Civil Veterinary Department Bengal reports 1933-51 - 1933-1951
Year: 1933
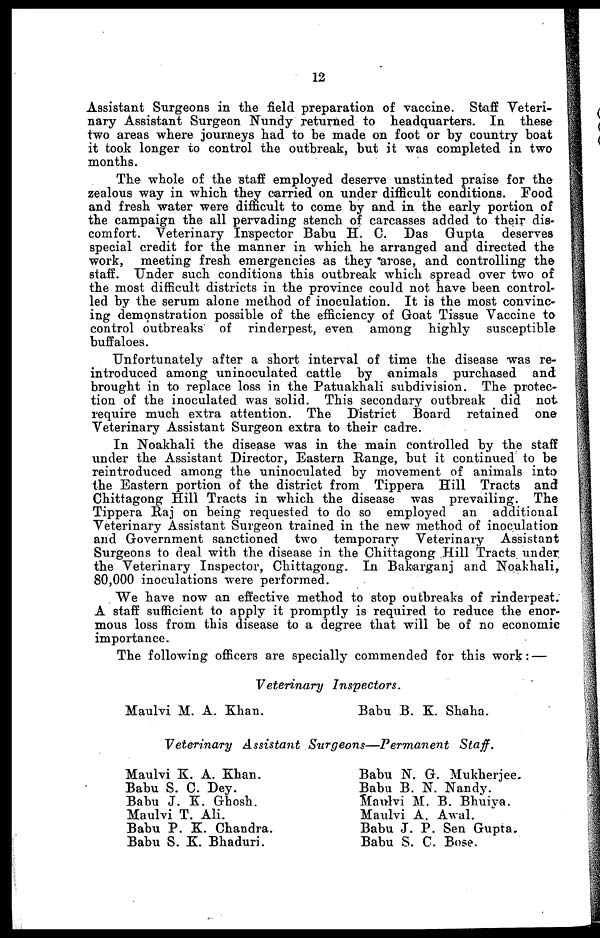
12
Assistant Surgeons in the field preparation of vaccine. Staff Veteri-
nary Assistant Surgeon Nundy returned to headquarters. In these
two areas where journeys had to be made on foot or by country boat
it took longer to control the outbreak, but it was completed in two
months.
The whole of the staff employed deserve unstinted praise for the
zealous way in which they carried on under difficult conditions. Food
and fresh water were difficult to come by and in the early portion of
the campaign the all pervading stench of carcasses added to their dis-
comfort. Veterinary Inspector Babu H. C. Das Gupta
deserves
special credit for the manner in which he arranged and directed the
work, meeting fresh emergencies as they arose, and controlling the
staff. Under such conditions this outbreak which spread over two of
the most difficult districts in the province could not have been control-
led by the serum alone method of inoculation. It is the most convinc-
ing demonstration possible of the efficiency of Goat Tissue Vaccine to
control outbreaks of rinderpest, even among highly
susceptible
buffaloes.
Unfortunately after a short interval of time the disease was re-
introduced among uninoculated cattle by animals purchased and
brought in to replace loss in the Patuakhali subdivision. The protec-
tion of the inoculated was solid. This secondary outbreak did not
require much extra attention. The District Board retained one
Veterinary Assistant Surgeon extra to their cadre.
In Noakhali the disease was in the main controlled by the staff
under the Assistant Director, Eastern Range, but it continued to be
reintroduced among the uninoculated by movement of animals into
the Eastern portion of the district from Tippera Hill Tracts and
Chittagong Hill Tracts in which the disease was prevailing. The
Tippera Raj on being requested to do so employed an additional
Veterinary Assistant Surgeon trained in the new method of inoculation
and Government sanctioned two temporary Veterinary Assistant
Surgeons to deal with the disease in the Chittagong Hill Tracts under
the Veterinary Inspector, Chittagong. In Bakarganj and Noakhali,
80,000 inoculations were performed.
We have now an effective method to stop outbreaks of rinderpest.
A staff sufficient to apply it promptly is required to reduce the enor-
mous loss from this disease to a degree that will be of no economic
importance.
The following officers are specially commended for this work: —
Veterinary
Inspectors.
Maulvi M. A. Khan.
Babu B. K. Shaha.
Veterinary Assistant Surgeons—Permanent
Staff.
Maulvi K. A. Khan.
Babu S. C. Dey.
Babu J. K. Ghosh.
Maulvi T. Ali.
Babu P. K. Chandra.
Babu S. K. Bhaduri.
Babu N. G. Mukherjee
Babu B. N. Nandy.
Maulvi M. B. Bhuiya.
Maulvi A. Awal.
Babu J. P. Sen Gupta.
Babu S. C. Bose.